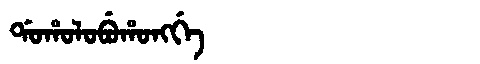
Manchu: ᡩᠣᡥᠣᠯᠣᠪᡠᡥᠣᠩᡤᡝ
Romanization: DOHOLOBUHONGGE